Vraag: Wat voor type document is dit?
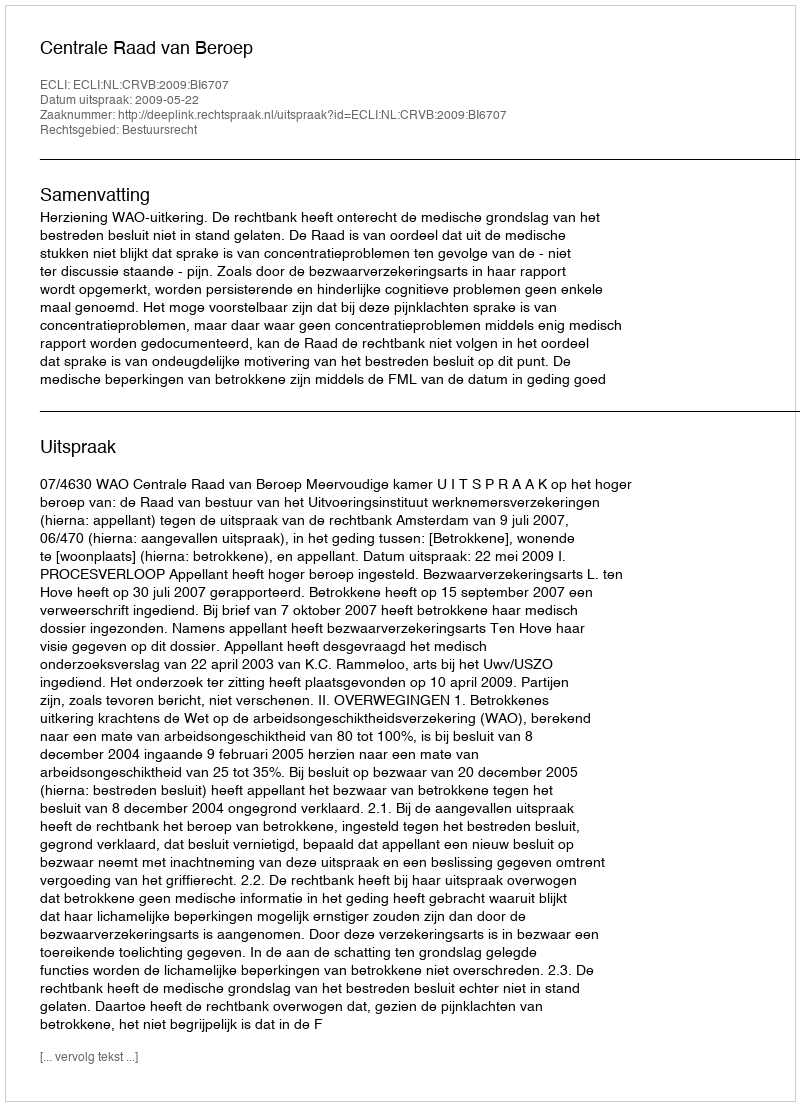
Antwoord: Uitspraak